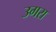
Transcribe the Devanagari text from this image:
उगरा